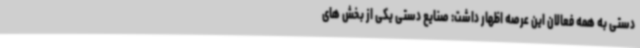
دستی به همه فعالان این عرصه اظهار داشت: صنایع دستی یکی از بخش های